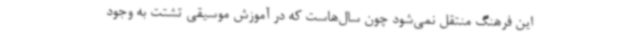
این فرهنگ منتقل نمی‌شود چون سال‌هاست که در آموزش موسیقی تشتت به وجود